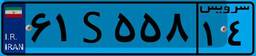
۲۱S۹۸۷۶۴